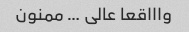
واااقعا عالی … ممنون